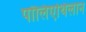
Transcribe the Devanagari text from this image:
पॉलिएथिलान